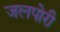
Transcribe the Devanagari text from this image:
जलपोरी